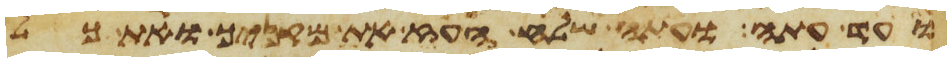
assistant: ועד עתה ועתה שלח העז את מקניך ואת כל